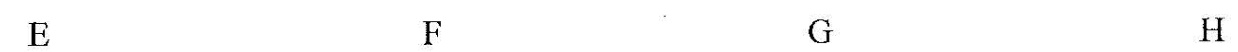
E F G H